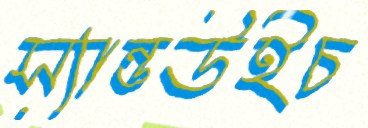
স্যান্ডউইচ